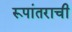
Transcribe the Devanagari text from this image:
रूपांतराची